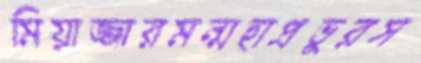
মিয়াজ্জারমন্মহাপ্রভুরস